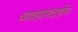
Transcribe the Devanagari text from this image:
व्यवहारदर्शन